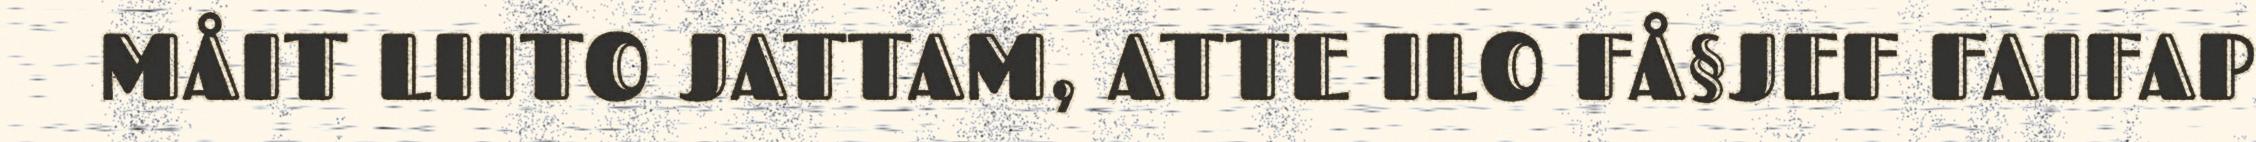
MÅIT LIITO JATTAM, ATTE ILO FÅ§JEF FAIFAP